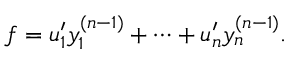
f = u _ { 1 } ^ { \prime } y _ { 1 } ^ { ( n - 1 ) } + \cdots + u _ { n } ^ { \prime } y _ { n } ^ { ( n - 1 ) } .